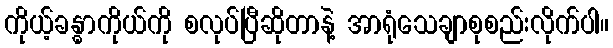
ကိုယ့်ခန္ဓာကိုယ်ကို စလုပ်ပြီဆိုတာနဲ့ အာရုံသေချာစုစည်းလိုက်ပါ။